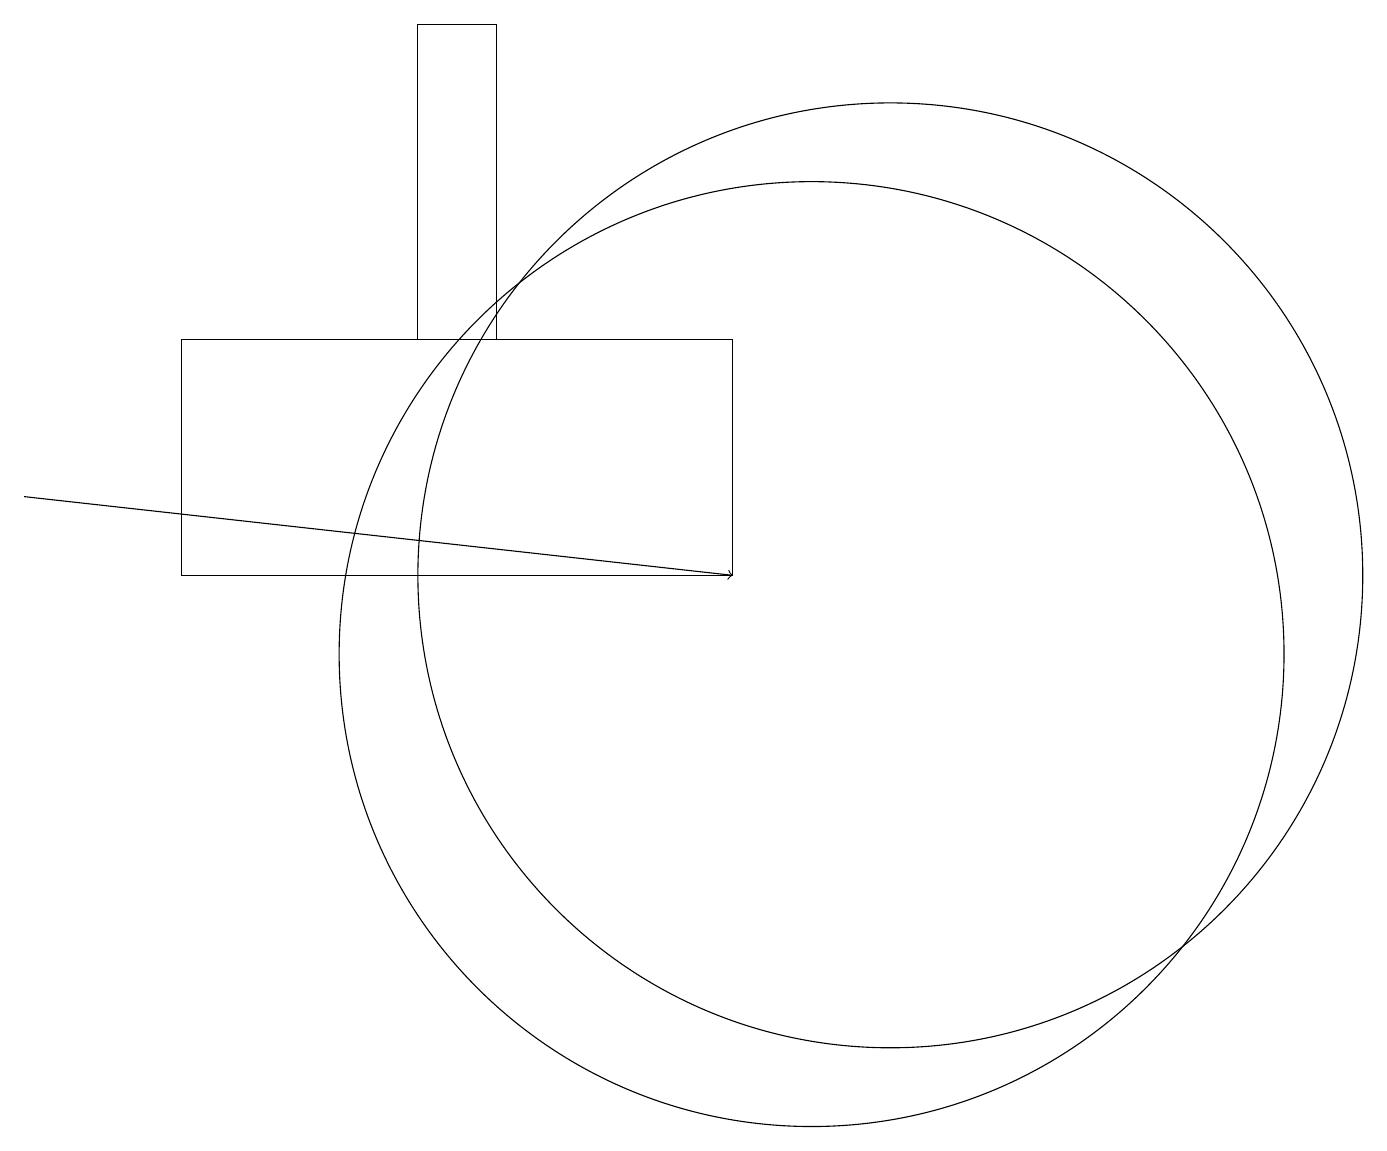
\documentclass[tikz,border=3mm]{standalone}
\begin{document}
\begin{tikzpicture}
\draw (10,10) circle (6);
\draw[->] (0,12) -- (9,11);
\draw (6,18) rectangle (5,14);
\draw (11,11) circle (6);
\draw (9,14) rectangle (2,11);
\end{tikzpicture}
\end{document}